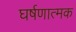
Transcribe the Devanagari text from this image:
घर्षणात्मक